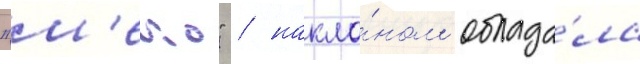
"м'еко" / накло́ном облада́ла